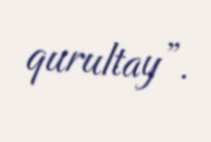
qurultay”.